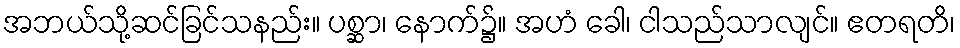
အဘယ်သို့ဆင်ခြင်သနည်း။ ပစ္ဆာ၊ နောက်၌။ အဟံ ခေါ၊ ငါသည်သာလျင်။ ဧတရတိ၊